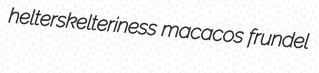
helterskelteriness macacos frundel